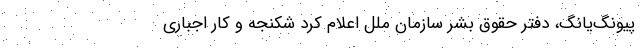
پیونگ‌یانگ، دفتر حقوق بشر سازمان ملل اعلام کرد شکنجه و کار اجباری